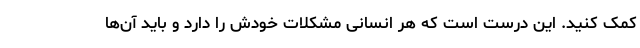
کمک کنید. این درست است که هر انسانی مشکلات خودش را دارد و باید آن‌ها